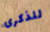
للذكرى